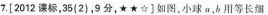
7.[ 2012 课标，35(2)，9分，★★☆ ]如图，小球 a，b 用等长细